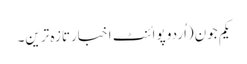
یکم جون(اُردو پوائنٹ اخبارتازہ ترین۔